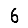
Digit: 6